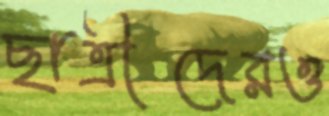
ছাত্রীদেরও